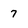
Character: 7